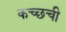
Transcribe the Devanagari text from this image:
कच्छची